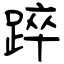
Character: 踤